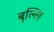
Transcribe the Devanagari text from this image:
बुल्लि